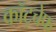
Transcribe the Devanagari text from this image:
कॉट्चेफ